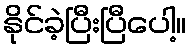
နိုင်ခဲ့ပြီးပြီပေါ့။